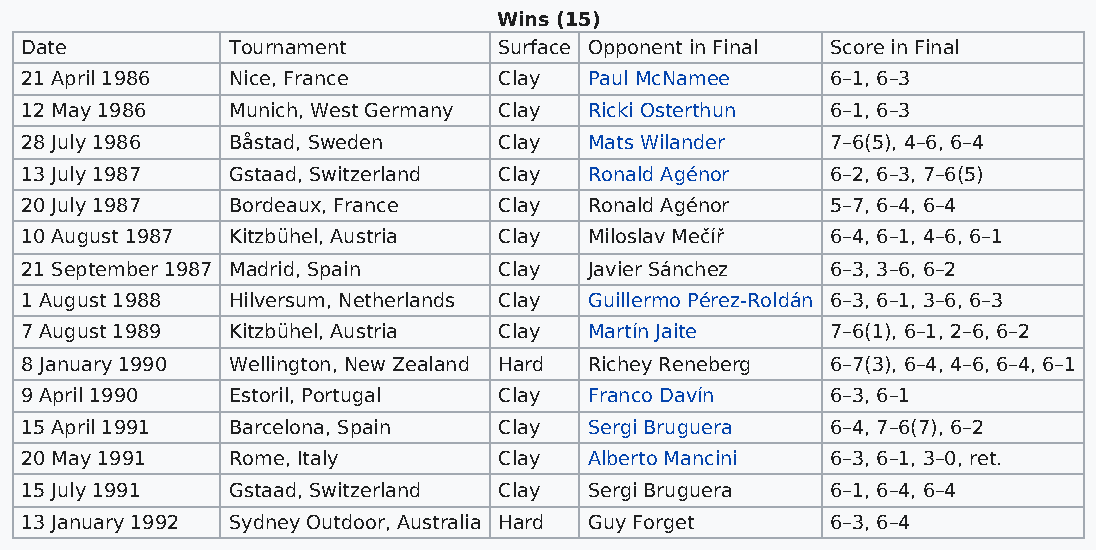
Wins (15)
 Date          Tournament        Surface Opponent in Final Score in Final
 21 April 1986 Nice, France      Clay  Paul McNamee    6–1, 6–3
 12 May 1986   Munich, West Germany Clay Ricki Osterthun 6–1, 6–3
 28 July 1986  Båstad, Sweden    Clay  Mats Wilander   7–6(5), 4–6, 6–4
 13 July 1987  Gstaad, Switzerland Clay Ronald Agénor  6–2, 6–3, 7–6(5)
 20 July 1987  Bordeaux, France  Clay  Ronald Agénor   5–7, 6–4, 6–4
 10 August 1987 Kitzbühel, Austria Clay Miloslav Mečíř 6–4, 6–1, 4–6, 6–1
 21 September 1987 Madrid, Spain Clay  Javier Sánchez  6–3, 3–6, 6–2
 1 August 1988 Hilversum, Netherlands Clay Guillermo Pérez-Roldán 6–3, 6–1, 3–6, 6–3
 7 August 1989 Kitzbühel, Austria Clay Martín Jaite    7–6(1), 6–1, 2–6, 6–2
 8 January 1990 Wellington, New Zealand Hard Richey Reneberg 6–7(3), 6–4, 4–6, 6–4, 6–1
 9 April 1990  Estoril, Portugal Clay  Franco Davín    6–3, 6–1
 15 April 1991 Barcelona, Spain  Clay  Sergi Bruguera  6–4, 7–6(7), 6–2
 20 May 1991   Rome, Italy       Clay  Alberto Mancini 6–3, 6–1, 3–0, ret.
 15 July 1991  Gstaad, Switzerland Clay Sergi Bruguera 6–1, 6–4, 6–4
 13 January 1992 Sydney Outdoor, Australia Hard Guy Forget 6–3, 6–4